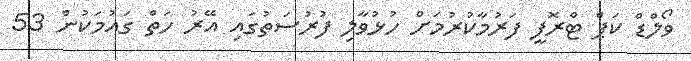
ވޯލްޑް ކަޕް ޓްރޮފީ ފަރުމާކުރުމަށް ހުޅުވާލި ފުރުސަތުގައި އޭރު ހަތް ގައުމަކުން 53